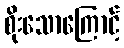
စိုးသောကြောင့်